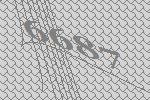
6687